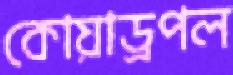
কোয়াড্রপল